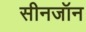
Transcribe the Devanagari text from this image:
सीनजॉन